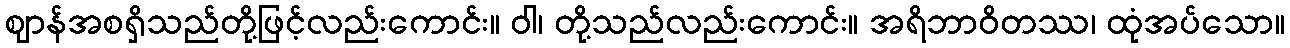
ဈာန်အစရှိသည်တို့ဖြင့်လည်းကောင်း။ ဝါ၊ တို့သည်လည်းကောင်း။ အရိဘာဝိတဿ၊ ထုံအပ်သော။